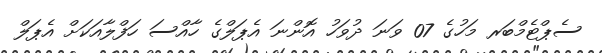
ސެޕްޓެމްބަރ މަހުގެ 07 ވަނަ ދުވަހު އޮންނަ އެޕަލްގެ ހާއްސަ ހަފްލާއަކަށް އެޕަލް